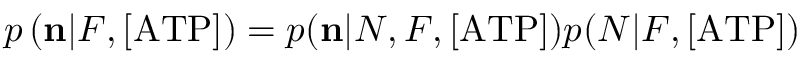
p \left( { \bf n } | F , \mathrm { [ A T P ] } ) = p ( { \bf n } | N , F , \mathrm { [ A T P ] } ) p ( N | F , \mathrm { [ A T P ] } \right)